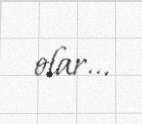
olar...